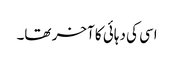
اسی کی دہائی کا آخر تھا۔